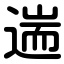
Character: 遄